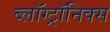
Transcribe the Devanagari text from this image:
ब्लॉग्ट्रॉनिक्स